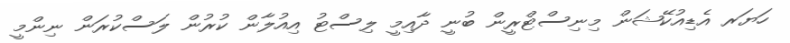
ހަޔަރ އެޑިއުކޭޝަން މިނިސްޓްރީން ބުނީ ދާއިމީ ލިސްޓު އިއުލާން ކުރުން ލަސްކުރަން ނިންމީ